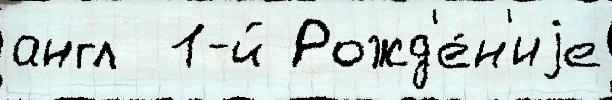
англ  1-й Рожд'е́н'иjе